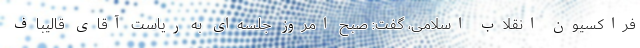
فراكسیون انقلاب اسلامی، گفت: صبح امروز جلسه‌ای به ریاست آقای قالیباف